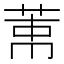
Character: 𦲐